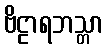
ဗိဠာရဘသ္တာ